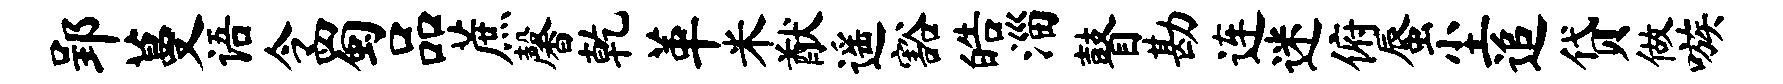
郢蔓语令蜀品蔗馨乾革米猷遥豁皓淄瞽勘连迷俯蜃尘追贷做嗾